Jaan_Tonisson_(Lasteleht), lk 61
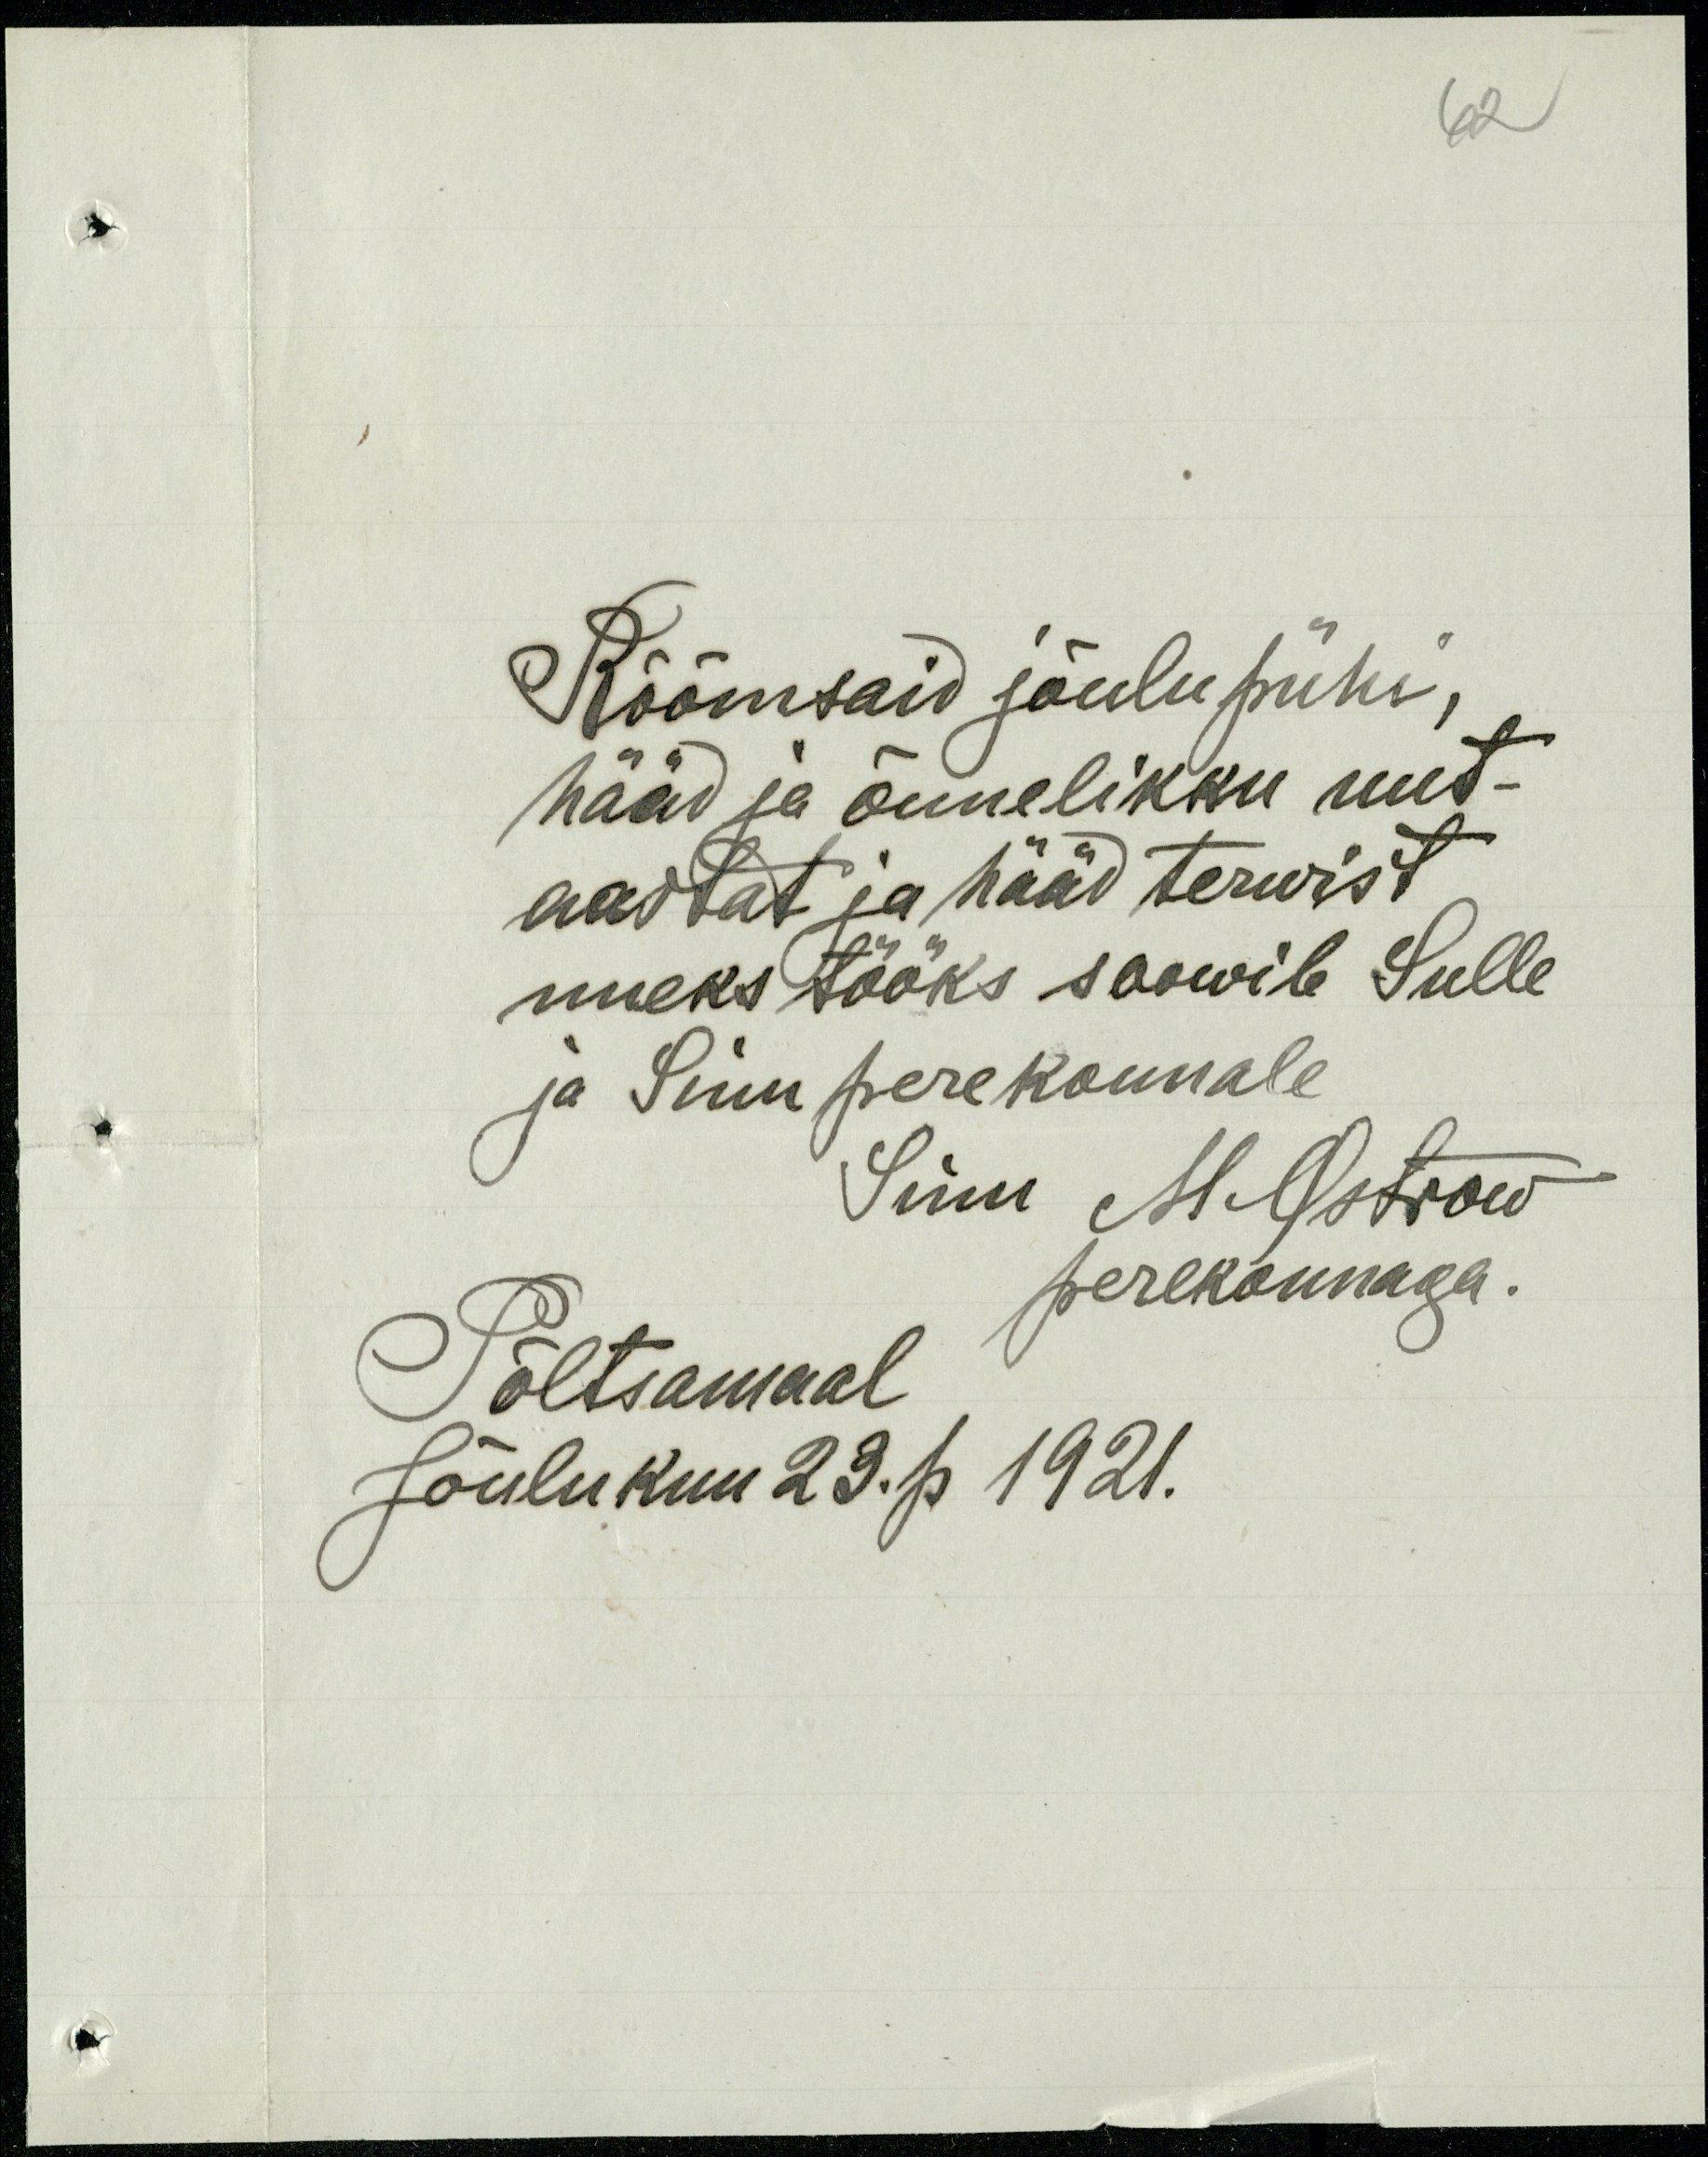
62

Rõõmsaid jõulupühi,
hääd ja õnnelikku uut-
aastat ja hääd terwist
uueks tööks soowib Sulle
ja Suu perekonnale
Sinu M. Ostrow
perekonnaga.
Põltsamaal
Jõulukuu 23. p 1921.